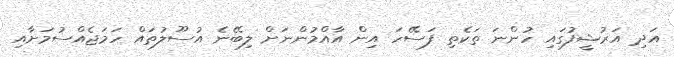
އަދި އަރުޝީފުގައި ހުންނަ ތަކެތި ފަސޭހަ އިން އާއްމުންނަށް ލިބޭނެ އުސޫލުތައް ހަމަޖެއްސުމަށާއި